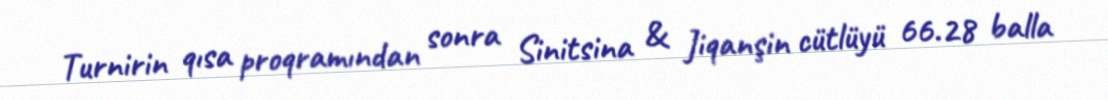
Turnirin qısa proqramından sonra Sinitsina & Jiqanşin cütlüyü 66.28 balla